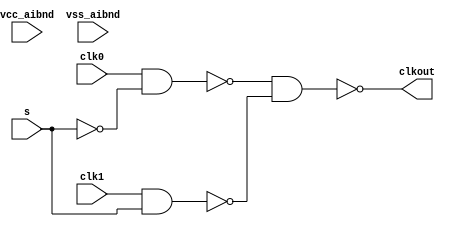
// This program was cloned from: https://github.com/chipsalliance/aib-phy-hardware
// License: Apache License 2.0

// SPDX-License-Identifier: Apache-2.0
// Copyright (C) 2019 Intel Corporation. 
// Library - aibnd_lib, Cell - aibnd_dcc_mux, View - schematic
// LAST TIME SAVED: Mar 27 14:37:40 2015
// NETLIST TIME: May 12 17:53:11 2015
// `timescale 1ns / 1ns 

module aibnd_dcc_mux ( clkout, clk0, clk1, s, vcc_aibnd, vss_aibnd );

output  clkout;

input  clk0, clk1, s, vcc_aibnd, vss_aibnd;

wire net011, s, net013, clk1, net012, clk0, clkout; // Conversion Sript Generated


// specify 
//     specparam CDS_LIBNAME  = "aibnd_lib";
//     specparam CDS_CELLNAME = "aibnd_dcc_mux";
//     specparam CDS_VIEWNAME = "schematic";
// endspecify

assign net011 = !s;
assign net013 = !(clk1 & s);
assign net012 = !(clk0 & net011);
assign clkout = !(net012 & net013);

endmodule